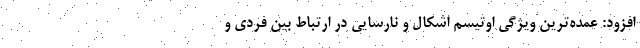
افزود: عمده‌ترین ویژگی اوتیسم اشکال و نارسایی در ارتباط بین فردی و